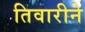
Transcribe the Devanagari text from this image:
तिवारीने